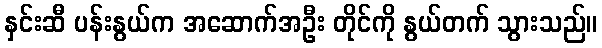
နှင်းဆီ ပန်းနွယ်က အဆောက်အဦး တိုင်ကို နွယ်တက် သွားသည်။